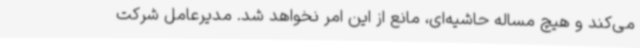
می‌کند و هیچ مساله حاشیه‌ای، مانع از این امر نخواهد شد. مدیرعامل شرکت